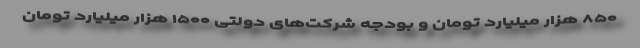
۸۵۰ هزار میلیارد تومان و بودجه شرکت‌های دولتی ۱۵۰۰ هزار میلیارد تومان